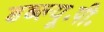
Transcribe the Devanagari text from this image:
डब्ल्यू॰पी॰